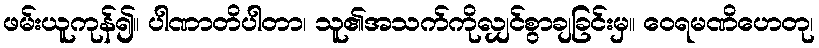
ဖမ်းယူကုန်၍။ ပါဏာတိပါတာ၊ သူ၏အသက်ကိုလျှင်စွာချခြင်းမှ။ ဝေရမဏိဟေတု၊